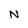
Character: N